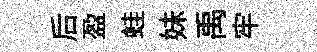
后盈蛙妹禹牢